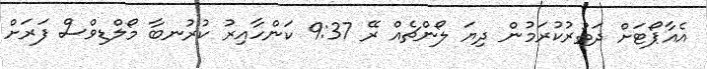
އެއާޕޯޓަށް ދަތުރުކުރަމުން ދިޔަ ލޯންޗެއް ރޭ 9:37 ކަންހާއިރު ކުރުނބާ މޯލްޑިވްސް ފަރަށް